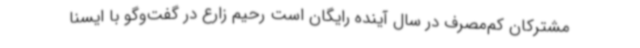
مشترکان کم‌مصرف ‌در سال آینده رایگان است رحیم زارع در گفت‌وگو با ایسنا